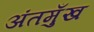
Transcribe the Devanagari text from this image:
अंतमुँख